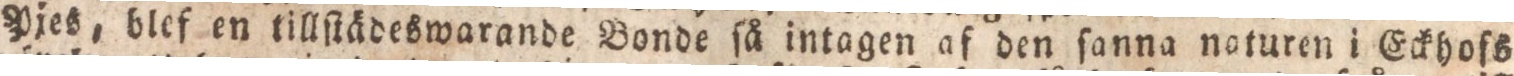
Pjes, blef en tillſtädeswarande Bonde ſå intagen af den ſanna noturen i Eckhoſs